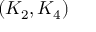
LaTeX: ( K _ { 2 } , K _ { 4 } )